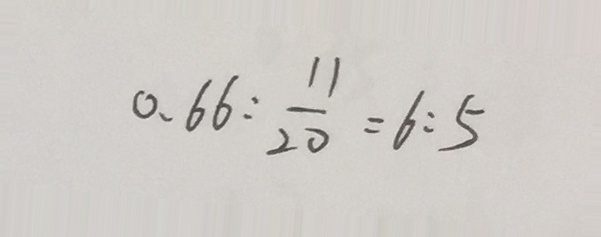
0 . 6 6 : \frac { 1 1 } { 2 0 } = 6 : 5